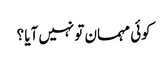
کوئی مہمان تو نہیں آیا ؟